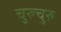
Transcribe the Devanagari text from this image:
चुरुचुरु